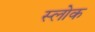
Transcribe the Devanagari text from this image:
स्लोक